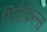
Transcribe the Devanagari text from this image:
मिरैकिल्स